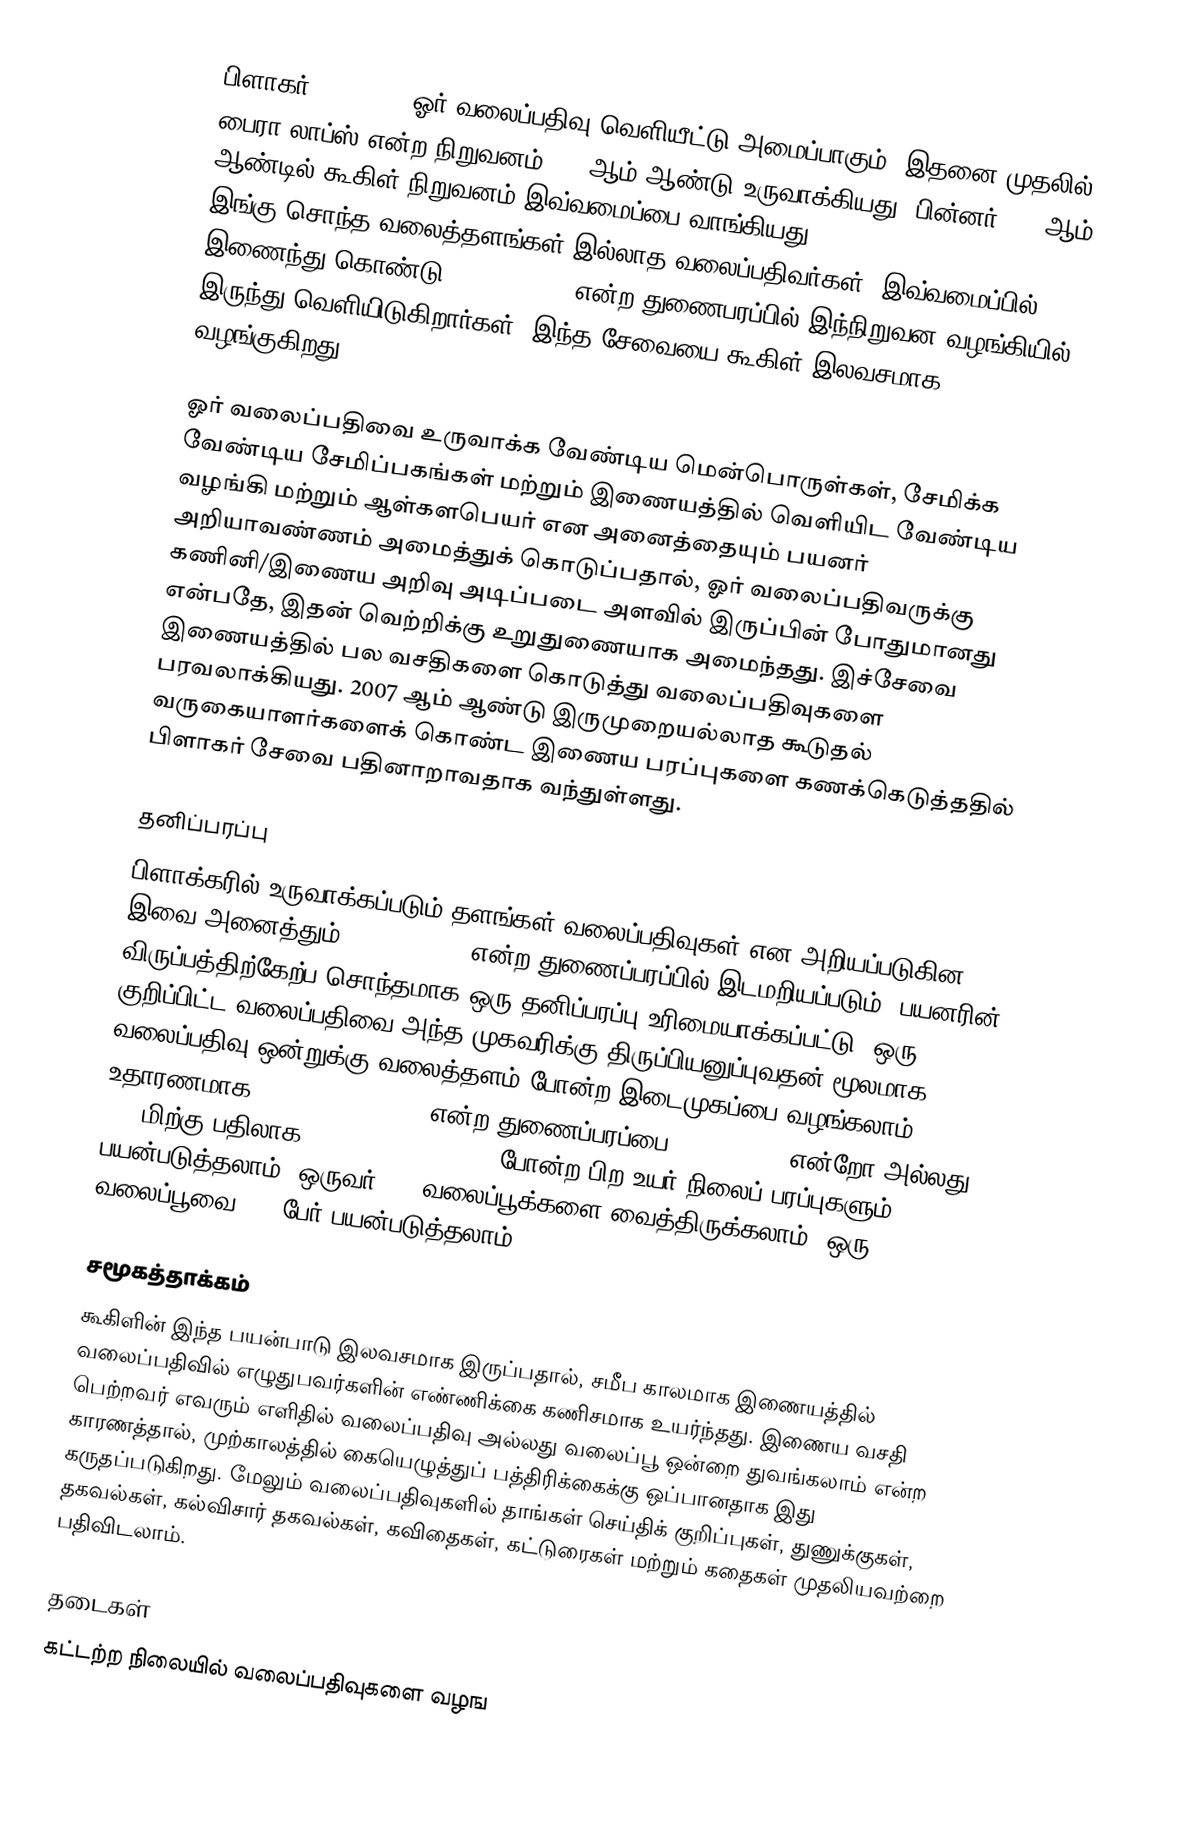
பிளாகர் (Blogger) ஓர் வலைப்பதிவு வெளியீட்டு அமைப்பாகும். இதனை முதலில் பைரா லாப்ஸ் என்ற நிறுவனம் 1999ஆம் ஆண்டு உருவாக்கியது. பின்னர் 2003ஆம் ஆண்டில் கூகிள் நிறுவனம் இவ்வமைப்பை வாங்கியது.<span class="plainlinks"> இங்கு சொந்த வலைத்தளங்கள் இல்லாத வலைப்பதிவர்கள், இவ்வமைப்பில் இணைந்து கொண்டு blogspot.com என்ற துணைபரப்பில் இந்நிறுவன வழங்கியில் இருந்து வெளியிடுகிறார்கள். இந்த சேவையை கூகிள் இலவசமாக வழங்குகிறது.

ஓர் வலைப்பதிவை உருவாக்க வேண்டிய மென்பொருள்கள், சேமிக்க வேண்டிய சேமிப்பகங்கள் மற்றும் இணையத்தில் வெளியிட வேண்டிய வழங்கி மற்றும் ஆள்களபெயர் என அனைத்தையும் பயனர் அறியாவண்ணம் அமைத்துக் கொடுப்பதால், ஓர் வலைப்பதிவருக்கு கணினி/இணைய அறிவு அடிப்படை அளவில் இருப்பின் போதுமானது என்பதே, இதன் வெற்றிக்கு உறுதுணையாக அமைந்தது. இச்சேவை இணையத்தில் பல வசதிகளை கொடுத்து வலைப்பதிவுகளை பரவலாக்கியது. 2007 ஆம் ஆண்டு இருமுறையல்லாத கூடுதல் வருகையாளர்களைக் கொண்ட இணைய பரப்புகளை கணக்கெடுத்ததில் பிளாகர் சேவை பதினாறாவதாக வந்துள்ளது.

தனிப்பரப்பு
பிளாக்கரில் உருவாக்கப்படும் தளங்கள் வலைப்பதிவுகள் என அறியப்படுகின. இவை அனைத்தும் blogspot.com என்ற துணைப்பரப்பில் இடமறியப்படும். பயனரின் விருப்பத்திற்கேற்ப சொந்தமாக ஒரு தனிப்பரப்பு உரிமையாக்கப்பட்டு, ஒரு குறிப்பிட்ட வலைப்பதிவை அந்த முகவரிக்கு திருப்பியனுப்புவதன் மூலமாக, வலைப்பதிவு ஒன்றுக்கு வலைத்தளம் போன்ற இடைமுகப்பை வழங்கலாம். உதாரணமாக, xyz.blogspot.com என்ற துணைப்பரப்பை www.xyz.com என்றோ அல்லது .comமிற்கு பதிலாக ".org, .net, .info" போன்ற பிற உயர் நிலைப் பரப்புகளும் பயன்படுத்தலாம். ஒருவர் 100 வலைப்பூக்களை வைத்திருக்கலாம். ஒரு வலைப்பூவை 100 பேர் பயன்படுத்தலாம்.

சமூகத்தாக்கம்
கூகிளின் இந்த பயன்பாடு இலவசமாக இருப்பதால், சமீப காலமாக இணையத்தில் வலைப்பதிவில் எழுதுபவர்களின் எண்ணிக்கை கணிசமாக உயர்ந்தது. இணைய வசதி பெற்றவர் எவரும் எளிதில் வலைப்பதிவு அல்லது வலைப்பூ ஒன்றை துவங்கலாம் என்ற காரணத்தால், முற்காலத்தில் கையெழுத்துப் பத்திரிக்கைக்கு ஒப்பானதாக இது கருதப்படுகிறது. மேலும் வலைப்பதிவுகளில் தாங்கள் செய்திக் குறிப்புகள், துணுக்குகள், தகவல்கள், கல்விசார் தகவல்கள், கவிதைகள், கட்டுரைகள் மற்றும் கதைகள் முதலியவற்றை பதிவிடலாம்.

தடைகள்
கட்டற்ற நிலையில் வலைப்பதிவுகளை வழங